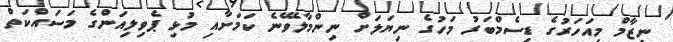
ނިޒާމް މިއަހަރުގެ ޑިސެމްބަރު މަހުގެ ނިޔަލަށް ނިންމާލެވޭނެ ކަމަށާއި މުޅި ޕެވިލިއަންގެ މަސައްކަތް